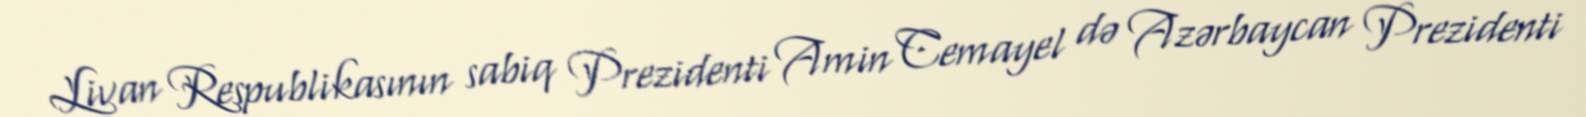
Livan Respublikasının sabiq Prezidenti Amin Cemayel də Azərbaycan Prezidenti